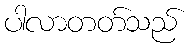
ပါလာတတ်သည်